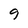
Character: 9